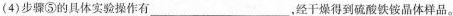
(4)步骤⑤的具体实验操作有 ___，经干燥得到硫酸铁铵晶体样品。